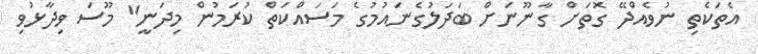
އެތަކެތި ނުވެއްދޭ ގޮތަށް ގާނޫނަށް ބަދަލުގެނައުމުގެ މަސައްކަތް ކުރަމުން މިދަނީ" މޫސަ ވިދާޅުވި